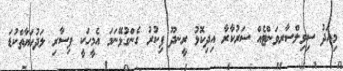
މިއަދު ސިވިލްސާރވަންޓެއް ސަރުކާރާ އިދިކޮޅު ރީނދޫ ފިކުރު ގެންގުޅޭނަމަ އެމީހަކީ ފިސާރި ލަދުޙަޔާތްކުޑަ